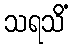
သရသိံ